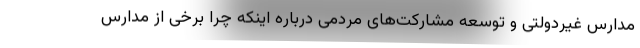
مدارس غیردولتی و توسعه مشارکت‌های مردمی درباره اینکه چرا برخی از مدارس